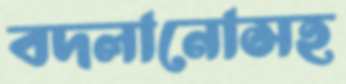
বদলানোসহ